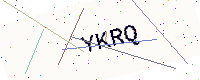
Text: YKRQ